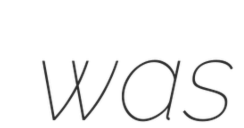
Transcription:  was